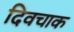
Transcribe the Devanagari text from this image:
दिवचाक